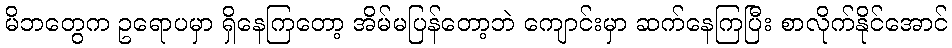
မိဘတွေက ဥရောပမှာ ရှိနေကြတော့ အိမ်မပြန်တော့ဘဲ ကျောင်းမှာ ဆက်နေကြပြီး စာလိုက်နိုင်အောင်